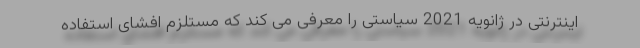
اینترنتی در ژانویه 2021 سیاستی را معرفی می کند که مستلزم افشای استفاده